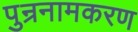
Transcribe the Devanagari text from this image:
पुन्रनामकरण